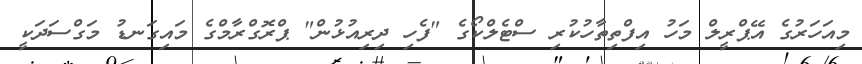
މިއަހަރުގެ އޭޕްރީލް މަހު އިފްތިތާހުކުރި ސްޓެލްކޯގެ "ފެހި ދިރިއުޅުން" ޕްރޮގްރާމްގެ މައިގަނޑު މަގްސަދަކީ